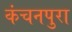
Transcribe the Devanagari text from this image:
कंचनपुरा